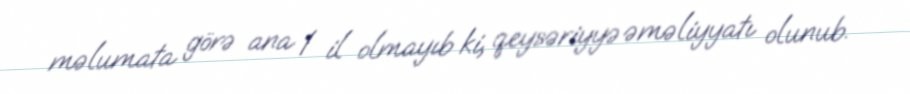
məlumata görə ana 1 il olmayıb ki, qeysəriyyə əməliyyatı olunub.